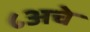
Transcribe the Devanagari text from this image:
८अचे